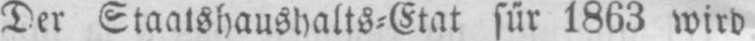
Der Staatshaushalts⸗Etat für 1863 wird